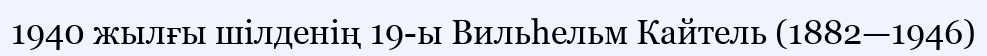
1940 жылғы шілденің 19-ы Вильһельм Кайтель (1882—1946)